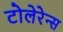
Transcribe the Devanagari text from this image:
टोलेरेन्स